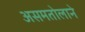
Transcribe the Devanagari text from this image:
असमतोलाने